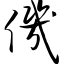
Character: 仉